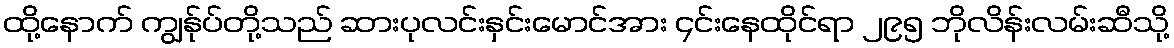
ထို့နောက် ကျွန်ုပ်တို့သည် ဆားပုလင်းနှင်းမောင်အား ၄င်းနေထိုင်ရာ ၂၉၅ ဘိုလိန်းလမ်းဆီသို့